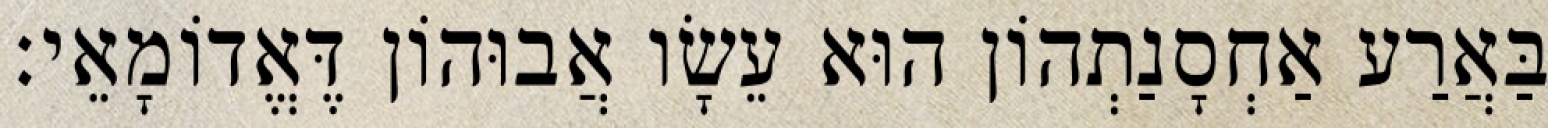
בַּאֲרַע אַחְסָנַתְהוֹן הוּא עֵשָׂו אֲבוּהוֹן דֶּאֱדוֹמָאֵי׃